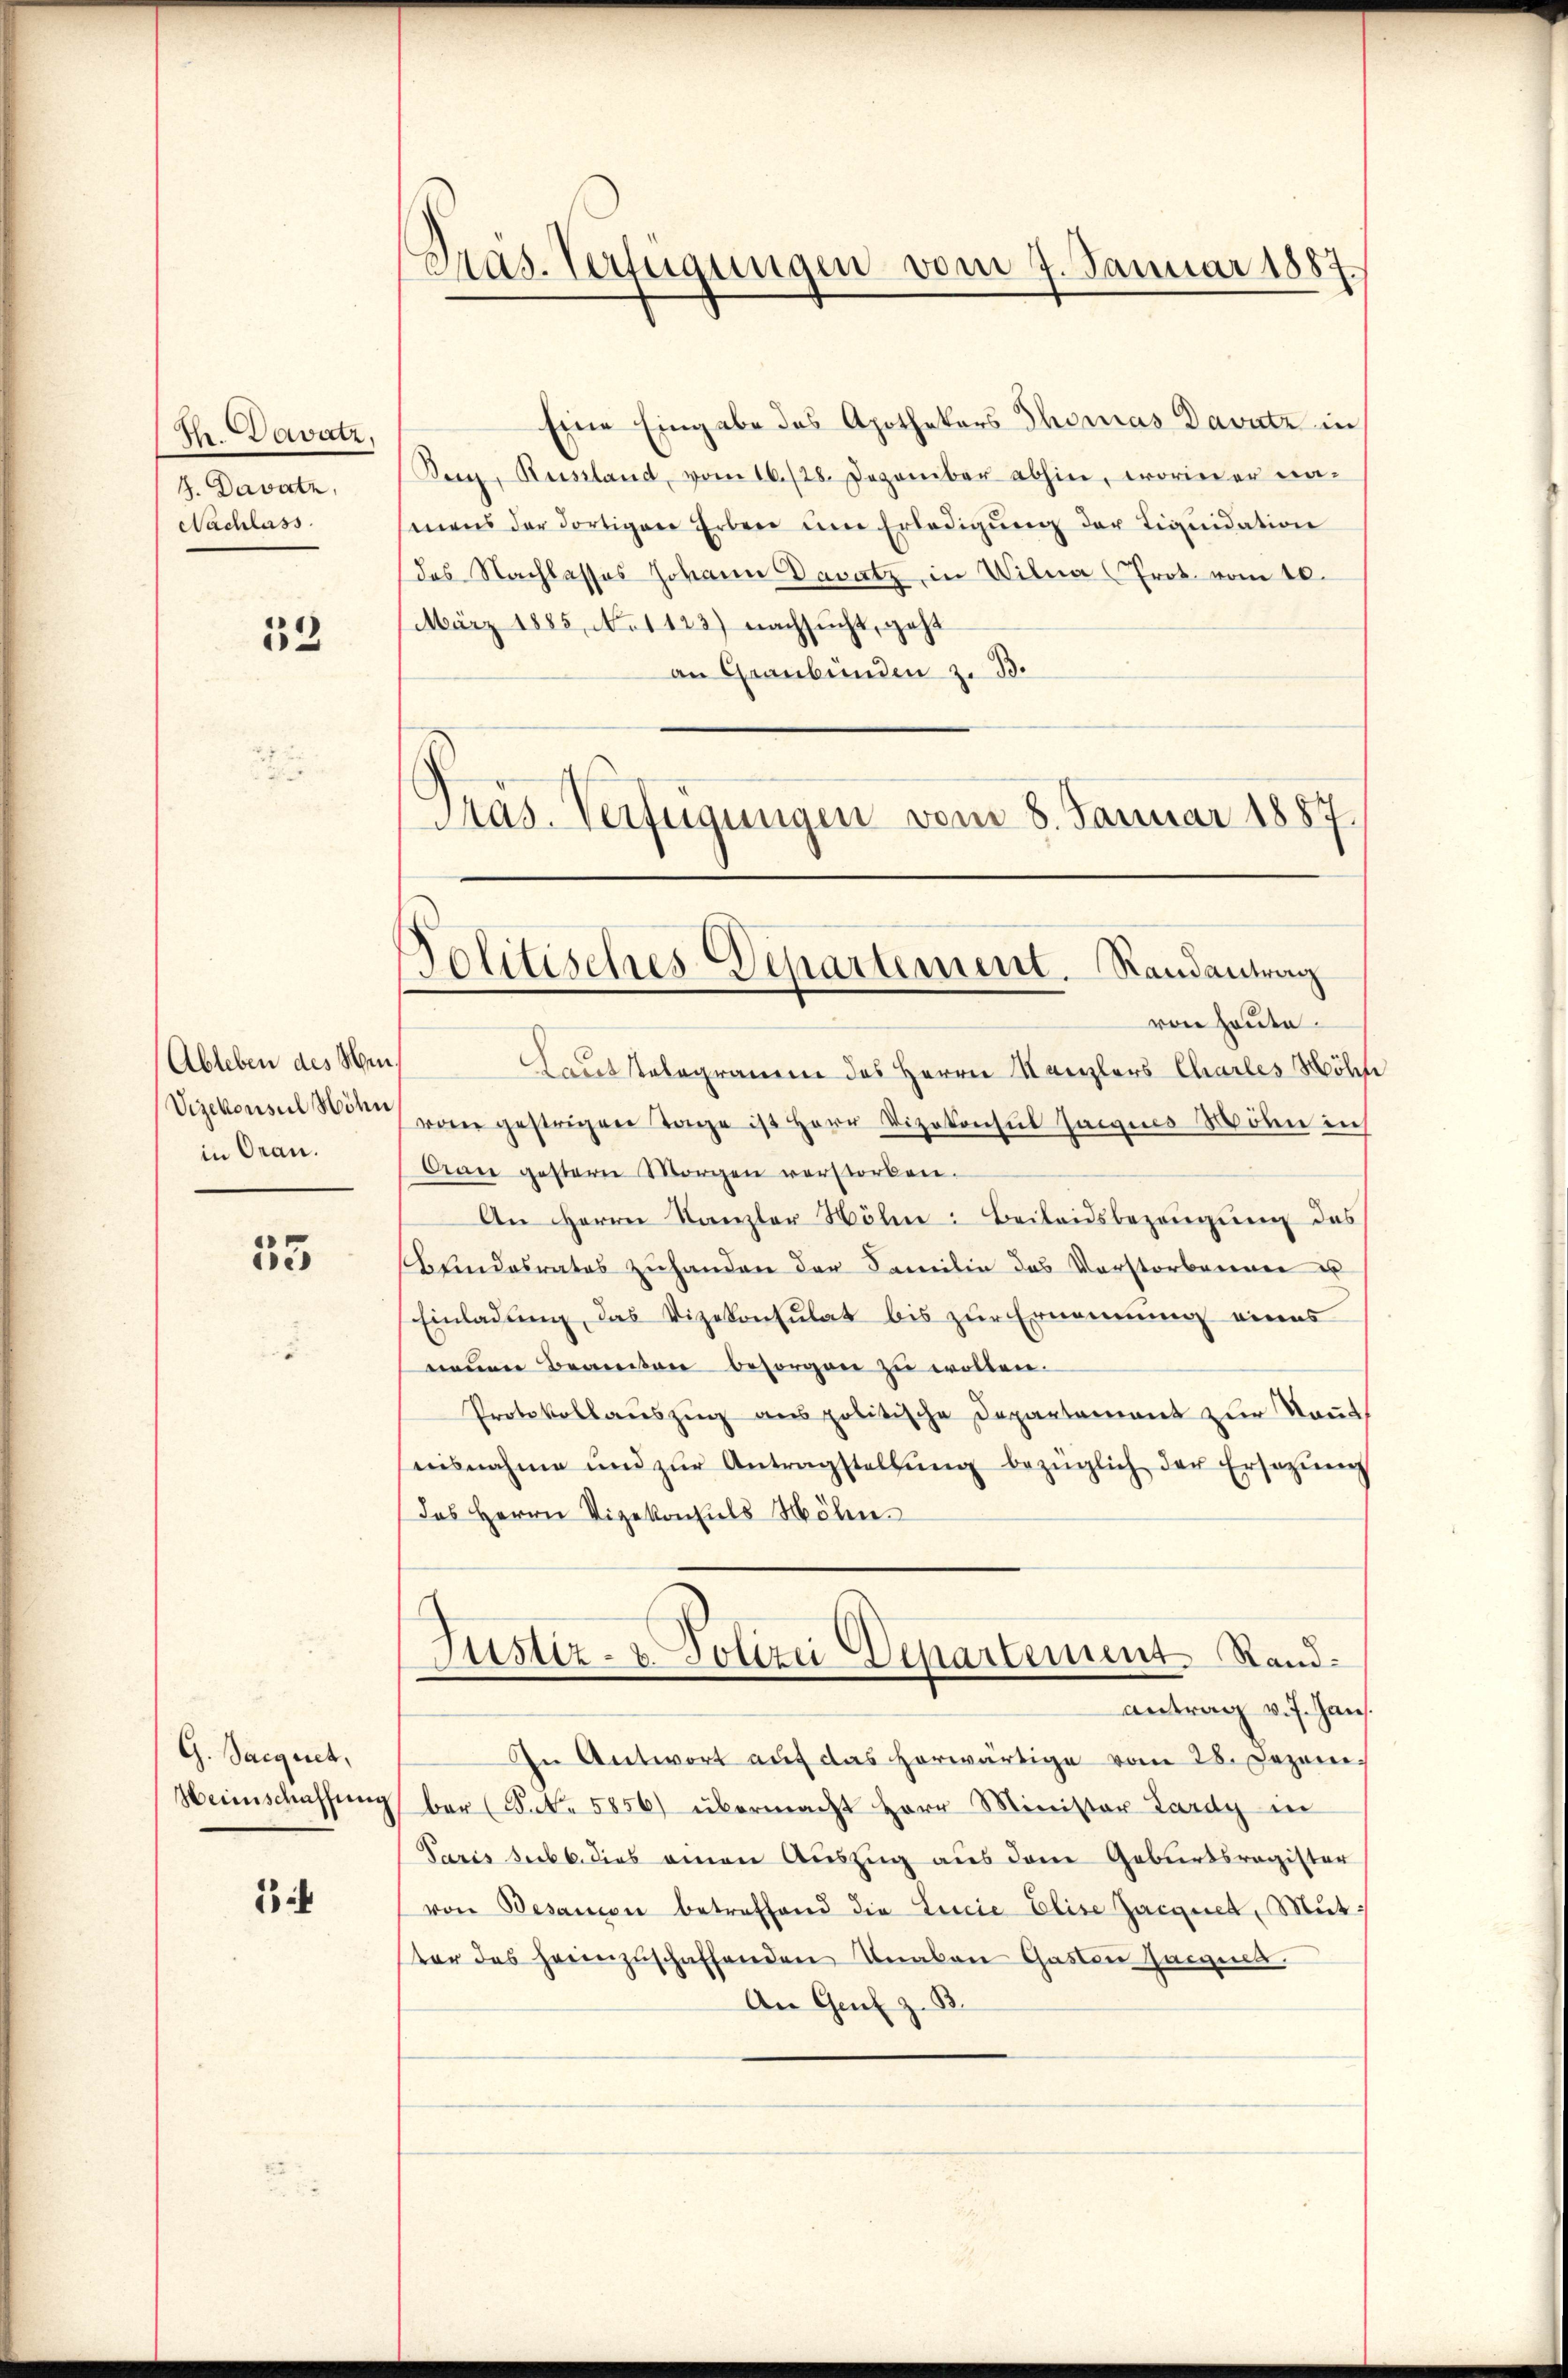
Th. Davatz,
4. Davatz,
Nachlass

33

Ableben des Men
Vizekonsul Höhn
in Oran.

55

G. Saignet,
Heimschaffung

1

Pras. Verfügungen vom 7. Januar 1887.

Eine Eingabe des Apothekars Thomas Davutz in
Burg, Russland, vom 16./28. Dezember abhin, worin er na-
mens der dortigen Erben ŭm Erledigŭng der Liqŭidation
das Nachlasses Johann Davatz, in Wilna (Prot vom 10.
März 1885, No 1123) nachsucht, geht
an Graubünden z. B.
s
ras. Verfügungen vom 8. Januar 1887.

Politisches Departement. Randantrag

Laut stelegramm des Herrn Kanzlers Charles Mölle
vom gestrigen Tage ist Herr Vizekonsul Haigius Mohn in
Aan gestern Morgen verstorben.
An Herrn Kanzler Höhen: Beilandsbezeugung des
Bundesrates zuhanden der Familie das Vorstorbenner u
Einladung, das Vizekonsulat bis zur Ernennung eines
neuen Beamten besorgen zu wollen.
Protokollauszug aus politische Departement zur Kont
nisnahme und zŭr Antragstellŭng bezüglich der Ersezung
das Herrn Vizekonsuls Mölen
Justiz- u. Polizei Departement Stand.
Antrag v. J. Haus
In Antwort auf das herwärtige vom 28. Dezember (Frk. 5856) übermacht Herr Minister Lardy in
Paris sub b. dies einen Auszug aus dem Geburtsregister
von Besamon betreffend die Linie Elise Zacquet, Mutter des heimzuschaffenden Knaben Gasten Harzell.
An Genf z. B.

von heute.